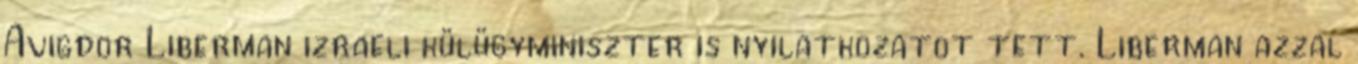
Avigdor Liberman izraeli külügyminiszter is nyilatkozatot tett. Liberman azzal